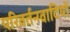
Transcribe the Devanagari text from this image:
परिवर्तनवादियों